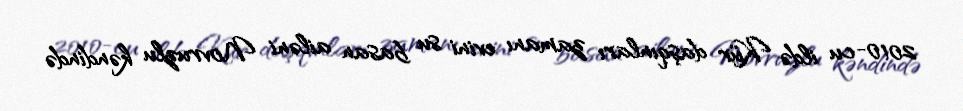
2010-cu ildə Kür daşqınları zamanı evini su basan ailəni Novruzlu kəndində